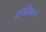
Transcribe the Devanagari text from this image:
वाव्रिंकाने